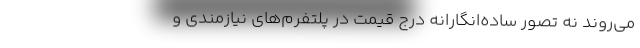
می‌روند نه تصور ساده‌انگارانهِ درج قیمت در پلتفرم‌های نیازمندی و